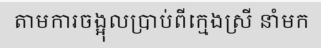
តាមការចង្អុលប្រាប់ពីក្មេងស្រី នាំមក